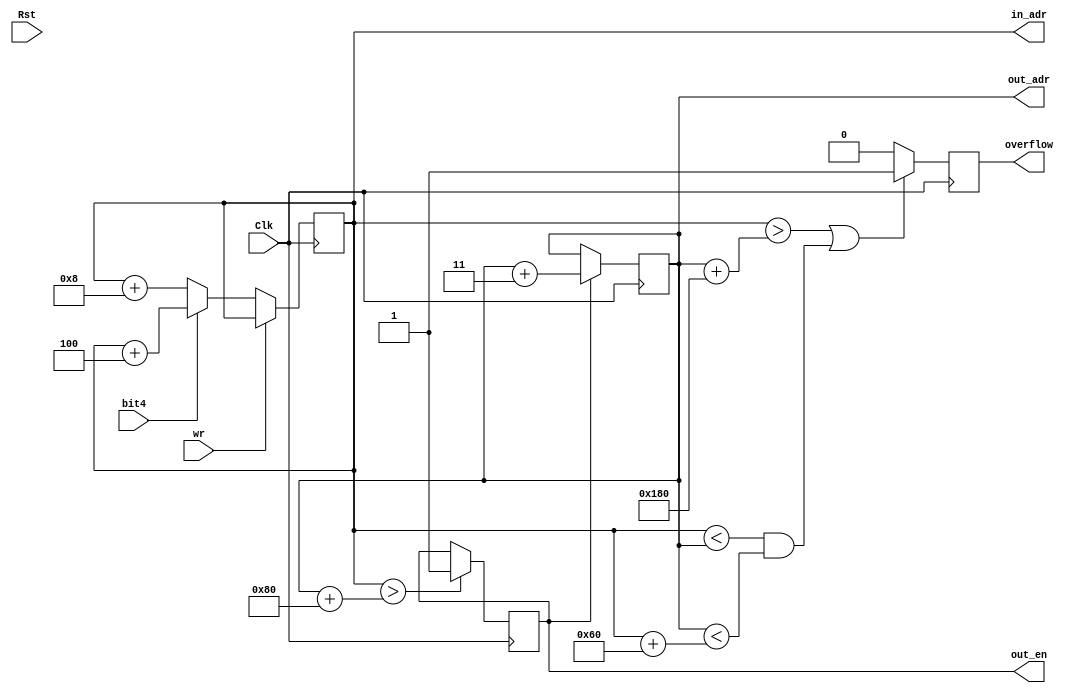
module control(input                              Clk,
               input                              Rst,
               input                              bit4,
               input                              wr,
               output               reg           out_en,
               output               wire          overflow,
               output               reg   [8:0]   out_adr=9'b000000000,
               output               reg   [8:0]   in_adr=9'b000000000); 

reg            overflow1            =             0;
assign         overflow             =             overflow1;
 

always                              @             (posedge Clk)
    begin
        if                                            (!wr) 
            begin
                if(!bit4)
                in_adr              =              in_adr+8;
            else
                in_adr              =              in_adr+4;    
            end 
    end

always                              @             (posedge Clk)
    if                                            (out_en) 
    begin
        out_adr=out_adr+3;    
    end

always                              @             (posedge Clk)
    begin
        if (in_adr>out_adr+384 || (in_adr<out_adr && out_adr<in_adr+96)) 
        overflow1                   =               1;  
        else
        overflow1                   =               0;
    end
always                              @              (posedge Clk)
        begin
            if                                     (in_adr>out_adr+128)
            out_en                  =               1;
        end
endmodule